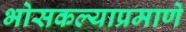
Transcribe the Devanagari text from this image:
भोसकल्याप्रमाणे